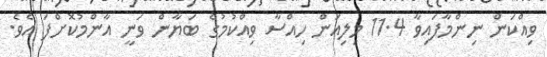
ވިއްކަން ނިންމާފައިވާ 11.4 މިލިއަން ހިއްސާ ވިއްކުމުގެ ބަޔާން ވަނީ އާންމުކޮށްފަ އެވެ.